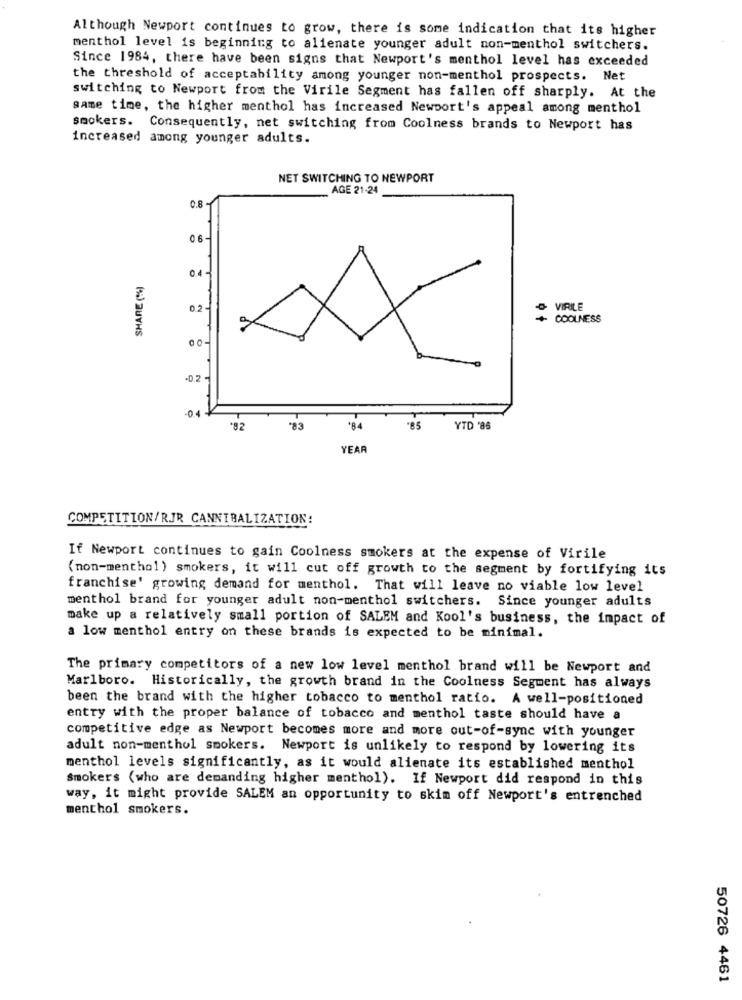
Although Newport continues to grow, there is some indication that its higher
menthol level is beginning to alienate younger adult non-menthol switchers.
Since 1984, there have been signs that Newport's menthol level has exceeded
the threshold of acceptability among younger non-menthol prospects. Net
switching to Newport from the Virile Segment has fallen off sharply. At the
same time, the higher menthol has increased Newport's appeal among menthol
smokers.
Consequently, net switching from Coolness brands to Newport has
increased among younger adults.
NET SWITCHING TO NEWPORT
AGE 21-24
0.8
06-
0.4-
SHARE (%)
0.2
VIRILE
+ COOLNESS
-0.2
04 -
"82
*83
'84
-85
YTD '86
YEAR
COMPETITION/RJR CANNIBALIZATION:
If Newport continues to gain Coolness smokers at the expense of Virile
(non-menthol) smokers, it will cut off growth to the segment by fortifying its
franchise' growing demand for menthol. That will leave no viable low level
menthol brand for younger adult non-menthol switchers. Since younger adults
make up a relatively small portion of SALEM and Kool's business, the impact of
a low menthol entry on these brands is expected to be minimal.
The primary competitors of a new low level menthol brand will be Newport and
Marlboro. Historically, the growth brand in the Coolness Segment has always
been the brand with the higher tobacco to menthol ratio. A well-positioned
entry with the proper balance of tobacco and menthol taste should have a
competitive edge as Newport becomes more and more out-of-sync with younger
adult non-menthol smokers. Newport is unlikely to respond by lowering its
menthol levels significantly, as it would alienate its established menthol
Smokers (who are demanding higher menthol). If Newport did respond in this
way, it might provide SALEM an opportunity to skim off Newport's entrenched
menthol smokers.
50726 4461